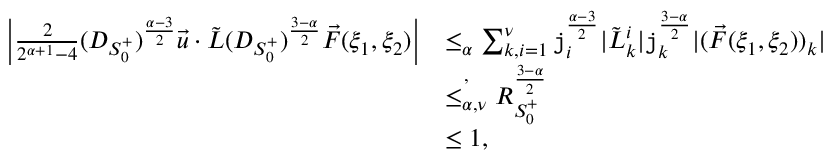
\begin{array} { r l } { \left| \frac { 2 } { 2 ^ { \alpha + 1 } - 4 } ( D _ { S _ { 0 } ^ { + } } ) ^ { \frac { \alpha - 3 } 2 } \vec { u } \cdot \tilde { L } ( D _ { S _ { 0 } ^ { + } } ) ^ { \frac { 3 - \alpha } { 2 } } \vec { F } ( \xi _ { 1 } , \xi _ { 2 } ) \right| } & { \le _ { \alpha } \sum _ { k , i = 1 } ^ { \nu } \mathtt { j } _ { i } ^ { \frac { \alpha - 3 } 2 } | \tilde { L } _ { k } ^ { i } | \mathtt { j } _ { k } ^ { \frac { 3 - \alpha } { 2 } } | ( \vec { F } ( \xi _ { 1 } , \xi _ { 2 } ) ) _ { k } | } \\ & { \overset { , } { \le _ { \alpha , \nu } } R _ { S _ { 0 } ^ { + } } ^ { \frac { 3 - \alpha } 2 } } \\ & { \le 1 , } \end{array}